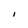
Character: I